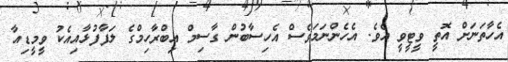
އެހާތަނަށް އޮތީ ވީޓީވީ އެވެ. އެހެންނަމަވެސް އެހިސާބުން ގާސިމް އިބްރާހިމްގެ ލަފާފުޅާއިއެކު ވީމީޑިއާ